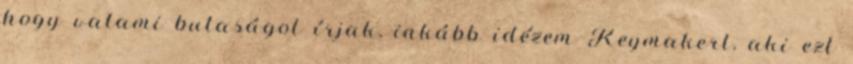
hogy valami butaságot írjak, inkább idézem Keymakert, aki ezt